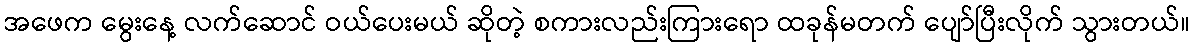
အဖေက မွေးနေ့ လက်ဆောင် ဝယ်ပေးမယ် ဆိုတဲ့ စကားလည်းကြားရော ထခုန်မတက် ပျော်ပြီးလိုက် သွားတယ်။